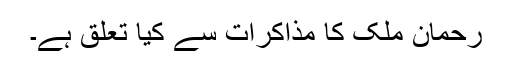
رحمان ملک کا مذاکرات سے کیا تعلق ہے۔